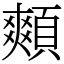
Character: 䫪